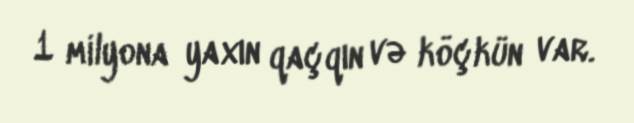
1 milyona yaxın qaçqın və köçkün var.